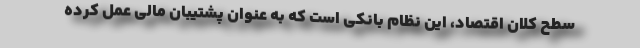
سطح کلان اقتصاد، این نظام بانکی است که به عنوان پشتیبان مالی عمل کرده